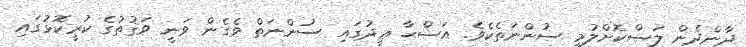
ދާންދެން ލަސްކޮށްލުމީ ސުންނަތެކެވެ. އަޟްޙާ ޢީދުގައި ސުންނަތް ވެގެން ވަނީ ވަޤުތުގެ ކުރީކޮޅުގައި